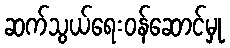
ဆက်သွယ်ရေးဝန်ဆောင်မှု